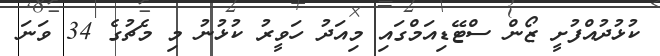
ކުޅުދުއްފުށީ ޒޯން ސްޓޭޑިއަމްގައި މިއަދު ހަވީރު ކުޅުނު މި މެޗުގެ 34 ވަނަ